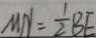
M N = \frac { 1 } { 2 } B E